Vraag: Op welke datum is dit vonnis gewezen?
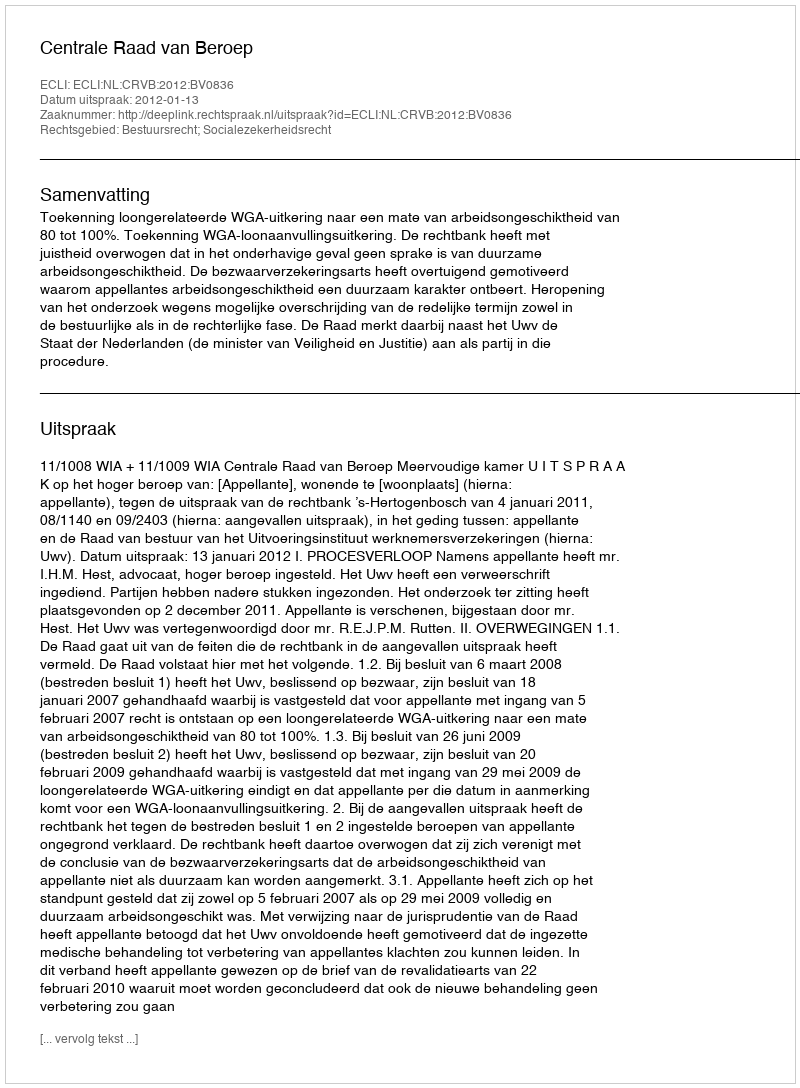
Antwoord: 2012-01-13